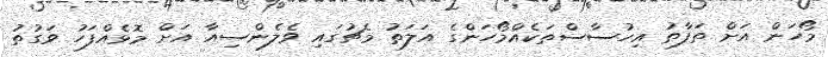
މޯހަން އަށް ތަފާތު އިހުސާސްތަކެއްމޯހަންގެ އަލަތު މެޗުގައި ވެލެންސިއާ އަށް މޮޅެއްފަހު ވަގުތު